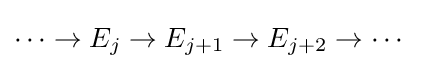
\cdots \to E_{j}\to E_{j+1}\to E_{j+2}\to \cdots